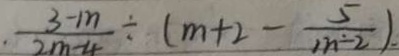
\frac { 3 - m } { 2 m - 4 } \div ( m + 2 - \frac { 5 } { m - 2 } )